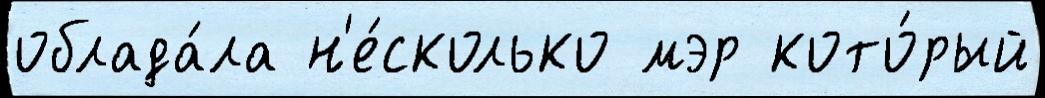
облада́ла н'е́сколько мэр кото́рый